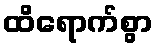
ထိရောက်စွာ